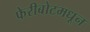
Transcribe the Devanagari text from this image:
फेरीबोटमधून